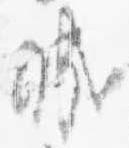
城